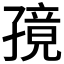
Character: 𫲭